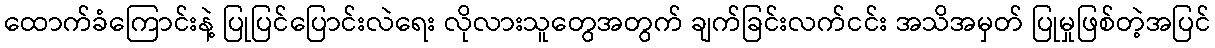
ထောက်ခံကြောင်းနဲ့ ပြုပြင်ပြောင်းလဲရေး လိုလားသူတွေအတွက် ချက်ခြင်းလက်ငင်း အသိအမှတ် ပြုမှုဖြစ်တဲ့အပြင်